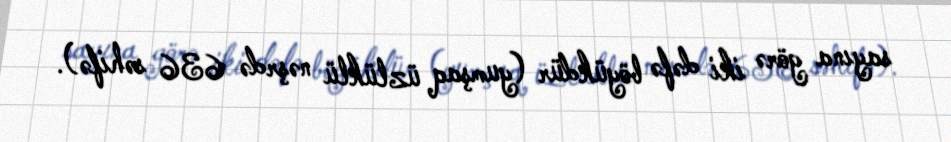
sayına görə iki dəfə böyükdür (yumşaq üzlüklü nəşrdə 636 səhifə).